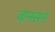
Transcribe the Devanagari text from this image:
वानसन